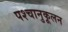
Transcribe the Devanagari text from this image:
पश्चानुकूलन